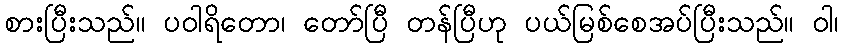
စားပြီးသည်။ ပဝါရိတော၊ တော်ပြီ တန်ပြီဟု ပယ်မြစ်စေအပ်ပြီးသည်။ ဝါ၊